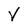
Character: V